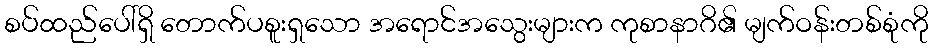
စပ်ထည်ပေါ်ရှိ တောက်ပစူးရှသော အရောင်အသွေးများက ကုစာနာဂိ၏ မျက်ဝန်းတစ်စုံကို